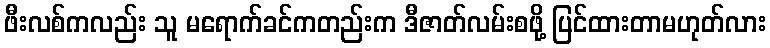
ဖီးလစ်ကလည်း သူ မရောက်ခင်ကတည်းက ဒီဇာတ်လမ်းစဖို့ ပြင်ထားတာမဟုတ်လား